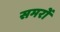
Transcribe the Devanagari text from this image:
समरों